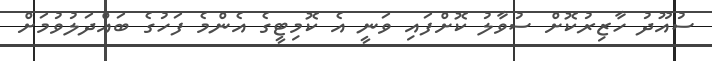
ސުއޫދު ހާޒިރުކޮށް ސުވާލު ކޮށްފައި ވަނީ އެ ކޮމިޓީގެ އެންމެ ފަހުގެ ބައްދަލުވުމަށް